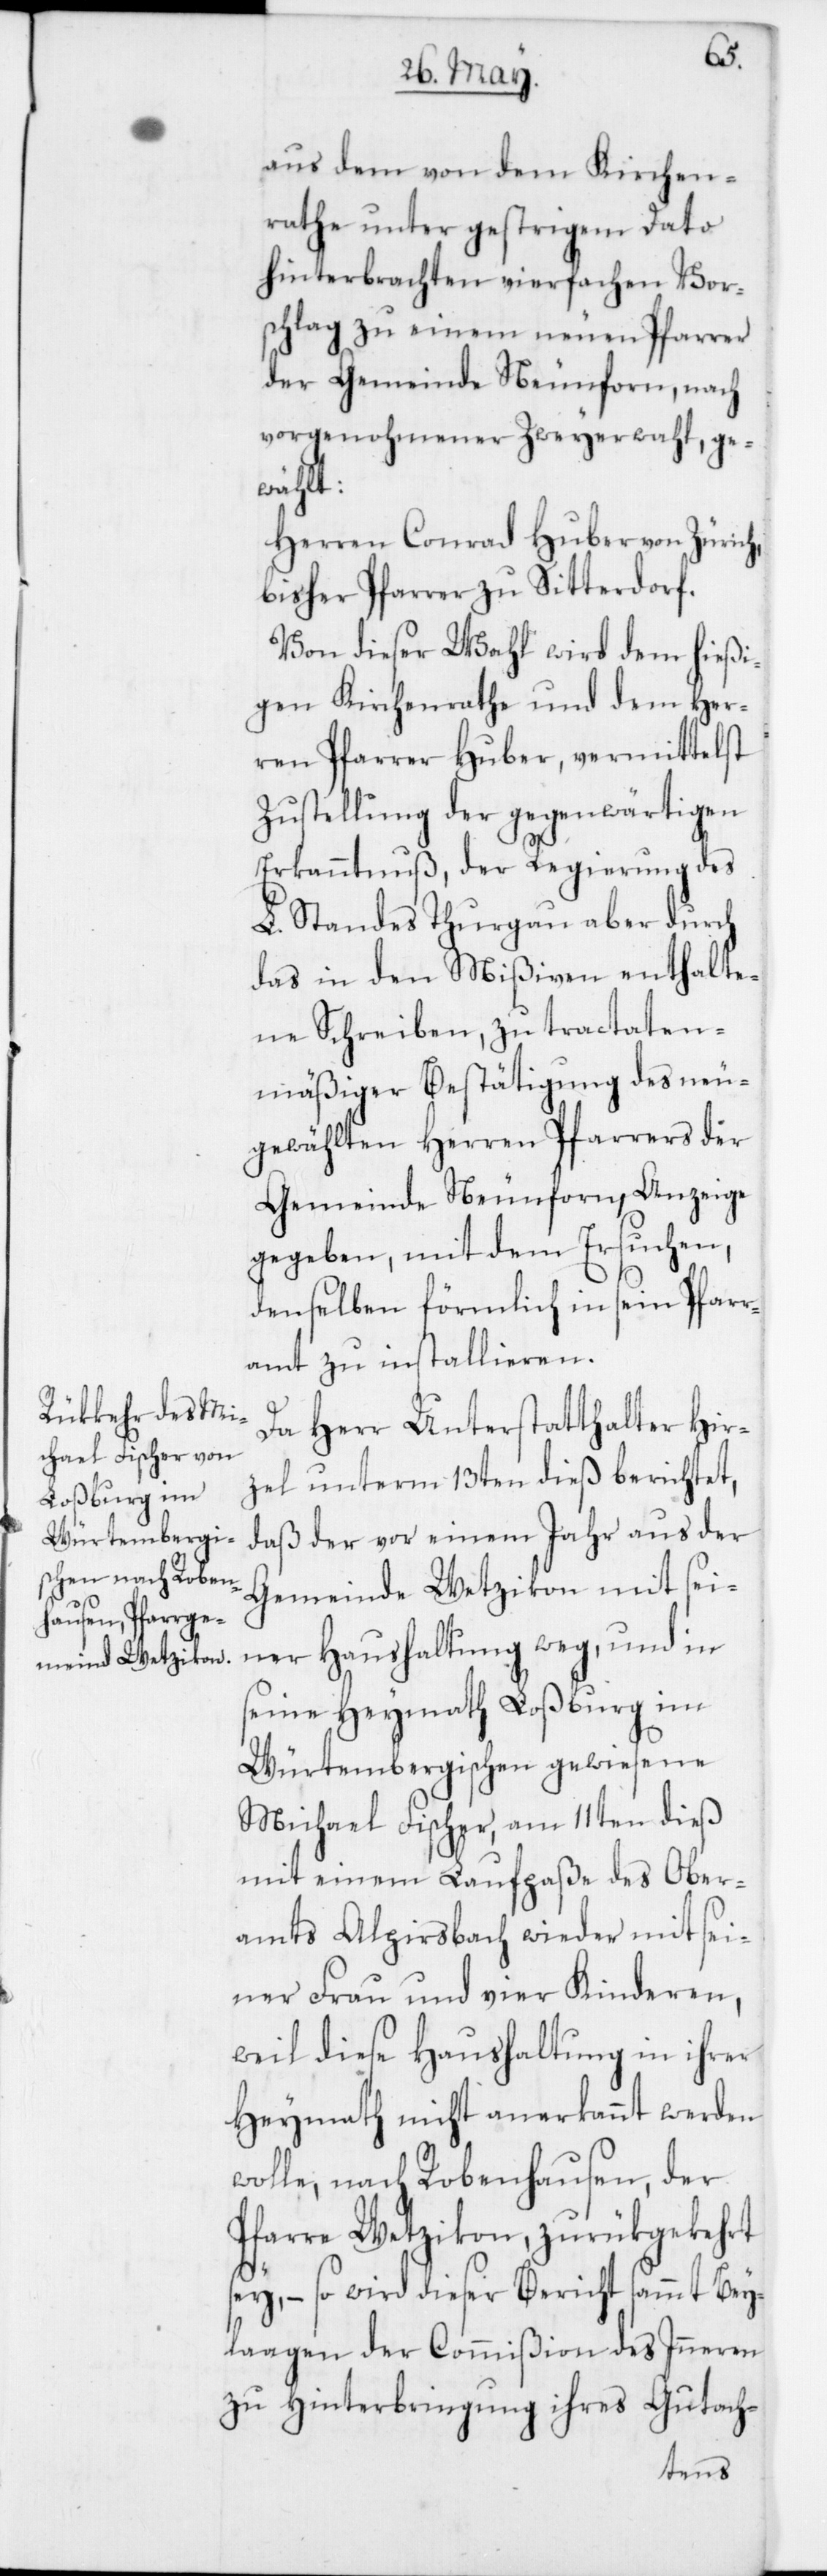
aus dem von dem Kirchen¬
rathe unter gestrigem Dato
hinterbrachten vierfachen Vor¬
schlag zu einem neuen Pfarrer
der Gemeinde Neunforn, nach
vorgenohmener Zweyerwahl ge¬
wählt:
Herren Conrad Huber von Zürich,
bisher Pfarrer zu Sitterdorf.
Von dieser Wahl wird dem hießi¬
gen Kirchenrathe und dem Her¬
ren Pfarrer Huber, vermittelst
Zustellung der gegenwärtigen
Erkanntnuß, der Regierung des
L. Standes Thurgau aber durch
das in den Mißiven enthalte¬
ne Schreiben, zu tractaten¬
mäßiger Bestätigung des neu
gewählten Herren Pfarrers der
Gemeinde Neunforn, Anzeige
gegeben, mit dem Ersuchen,
denselben förmlich in sein Pfarr¬
amt zu installieren.
Da Herr Unterstatthalter Hir¬
zel unterm 13ten dieß berichtet,
daß der vor einem Jahr aus der
Gemeinde Wetzikon mit sei¬
ner Haushaltung weg, und in
seine Heymath Loßburg im
Würtembergischen gewiesene
Michael Fischer, am 11ten dieß
mit einem Laufpaße des Ober¬
amts Alpirsbach wieder mit sei¬
ner Frau und vier Kinderen,
weil diese Haushaltung in ihrer
Heymath nicht anerkannt werden
wolle, nach Robenhausen der
Pfarre Wetzikon, zurükgekehrt
sey, – so wird dieser Bericht sammt Bey¬
lagen der Commißion des Inneren
zu Hinterbringung ihres Gutach-